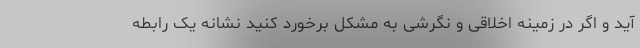
آید و اگر در زمینه اخلاقی و نگرشی به مشکل برخورد کنید نشانه یک رابطه